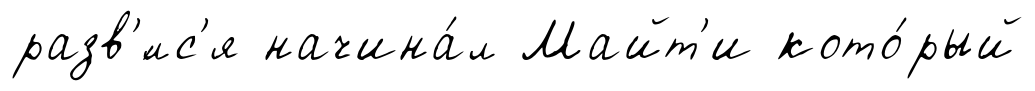
разв'́лс'я начина́л Майт'и кото́рый